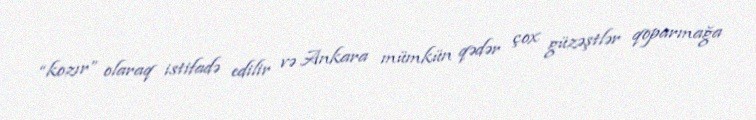
“kozır” olaraq istifadə edilir və Ankara mümkün qədər çox güzəştlər qoparmağa